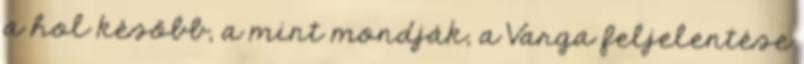
a hol később, a mint mondják, a Varga feljelentése